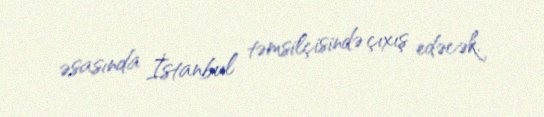
əsasında İstanbul təmsilçisində çıxış edəcək.